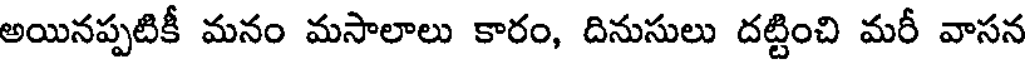
అయినప్పటికీ మనం మసాలాలు కారం, దినుసులు దట్టించి మరీ వాసన